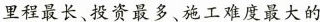
里程最长、投资最多、施工难度最大的